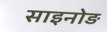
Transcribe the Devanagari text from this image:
साइनोड़